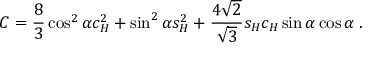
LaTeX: C = { \frac { 8 } { 3 } } \cos ^ { 2 } \alpha c _ { H } ^ { 2 } + \sin ^ { 2 } \alpha s _ { H } ^ { 2 } + { \frac { 4 \sqrt 2 } { \sqrt 3 } } s _ { H } c _ { H } \sin \alpha \cos \alpha \; .